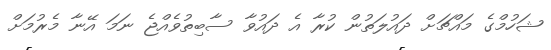
ޝަހުމްގެ މައްޗަށް ދައުލަތުން ކުރާ އެ ދައުވާ ސާބިތުވެއްޖެ ނަމަ އޭނާ މެރުމަށް